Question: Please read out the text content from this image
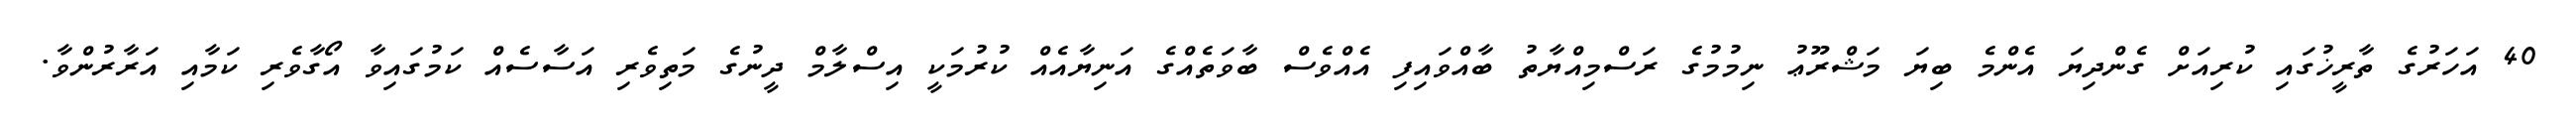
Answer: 40 އަހަރުގެ ތާރީޚުގައި ކުރިއަށް ގެންދިޔަ އެންމެ ބިޔަ މަޝްރޫޢު ނިމުމުގެ ރަސްމިއްޔާތު ބާއްވައިފި އެއްވެސް ބާވަތެއްގެ އަނިޔާއެއް ކުރުމަކީ އިސްލާމް ދީނުގެ މަތިވެރި އަސާސެއް ކަމުގައިވާ އޯގާވެރި ކަމާއި އަރާރުންވާ.